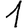
Digit: 1